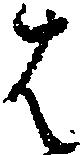
は